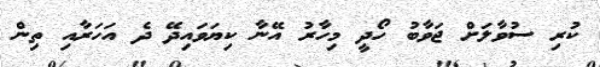
ކުރި ސުވާލަށް ޖަވާބު ހޯދީ މިހާރު އޭނާ ކިޔަވައިދޭ ދެ އަހަރާއި ތިން